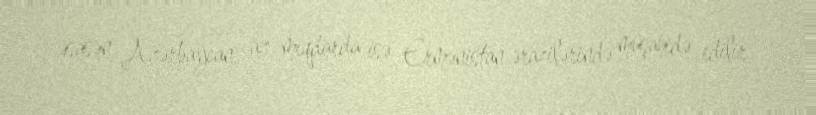
əsasən Azərbaycan, az miqdarda isə Ermənistan ərazilərində müşahidə edilir